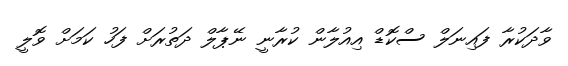
ވާދަކުރާ ފައިނަލް ސްކޮޑް އިއުލާން ކުރާނީ ނޭޕާލް ދަތުރަށް ފަހު ކަމަށް ވޮލީ